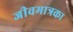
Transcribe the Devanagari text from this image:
जीवमात्रका